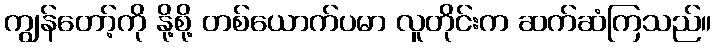
ကျွန်တော့်ကို နို့စို့ တစ်ယောက်ပမာ လူတိုင်းက ဆက်ဆံကြသည်။